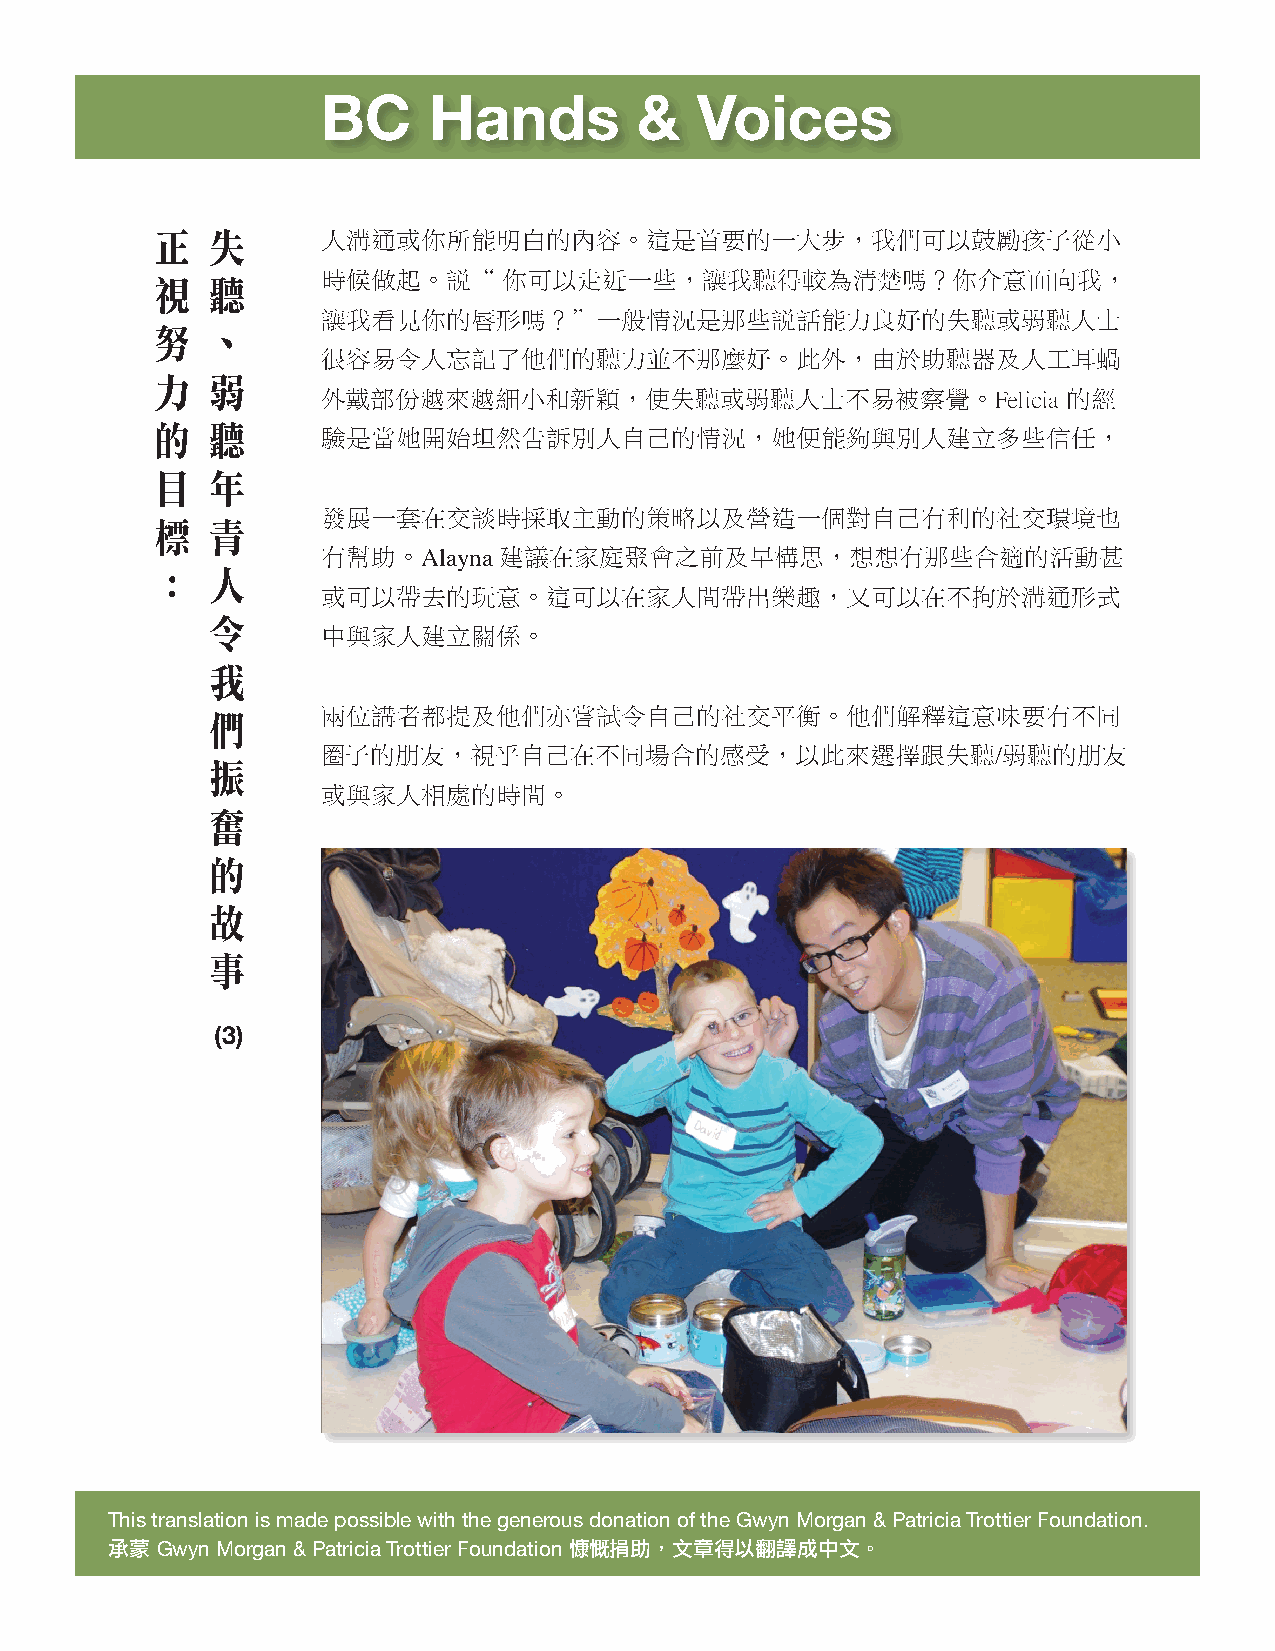
BC     Hands         &   Voices
 正   失      人溝通或你所能明白的內容。這是首要的一大步，我們可以鼓勵孩子從小
 時候做起。說“     你可以走近一些，讓我聽得較為清楚嗎？你介意面向我，
 視   聽
 讓我看見你的唇形嗎？”一般情況是那些說話能力良好的失聽或弱聽人士
 努   、
 很容易令人忘記了他們的聽力並不那麼好。此外，由於助聽器及人工耳蝸
 力   弱
 外戴部份越來越細小和新穎，使失聽或弱聽人士不易被察覺。Felicia                的經
 的   聽      驗是當她開始坦然告訴別人自己的情況，她便能夠與別人建立多些信任，
 目   年
 發展一套在交談時採取主動的策略以及營造一個對自己有利的社交環境也
 標   青
 有幫助。Alayna  建議在家庭聚會之前及早構思，想想有那些合適的活動甚
 ：   人
 或可以帶去的玩意。這可以在家人間帶出樂趣，又可以在不拘於溝通形式
 令
 中與家人建立關係。
 我
 兩位講者都提及他們亦嘗試令自己的社交平衡。他們解釋這意味要有不同
 們
 圈子的朋友，視乎自己在不同場合的感受，以此來選擇跟失聽/弱聽的朋友
 振
 或與家人相處的時間。
 奮
 的
 故
 事
 (3)
 This translation is made possible with the generous donation of the Gwyn Morgan & Patricia Trottier Foundation.
 承蒙 Gwyn Morgan & Patricia Trottier Foundation 慷慨捐助，文章得以翻譯成中文。